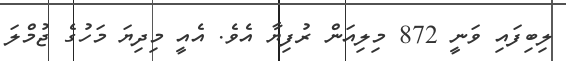
ލިބިފައި ވަނީ 872 މިލިއަން ރުފިޔާ އެވެ. އެއީ މިދިޔަ މަހުގެ ޖުމްލަ